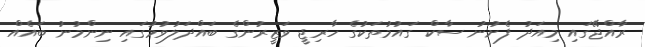
ރާއްޖޭގައި މިއަދު ފެށުނު ސާކް ގައުމުތަކުގެ ހާރިޖީ ވަޒީރުންގެ ބައްދަލުވުމުގައި ނިންމުނު ބައެއް